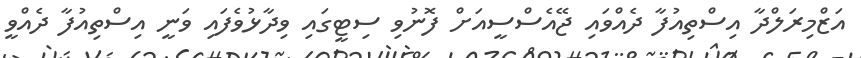
އަޒްމިރަލްދާ އިސްތިއުފާ ދެއްވައި ޖޭއެސްސީއަށް ފޮނުވި ސިޓީގައި ވިދާޅުވެފައި ވަނީ އިސްތިއުފާ ދެއްވީ